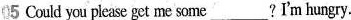
05 Could you please get me some ___?I'm hungry.